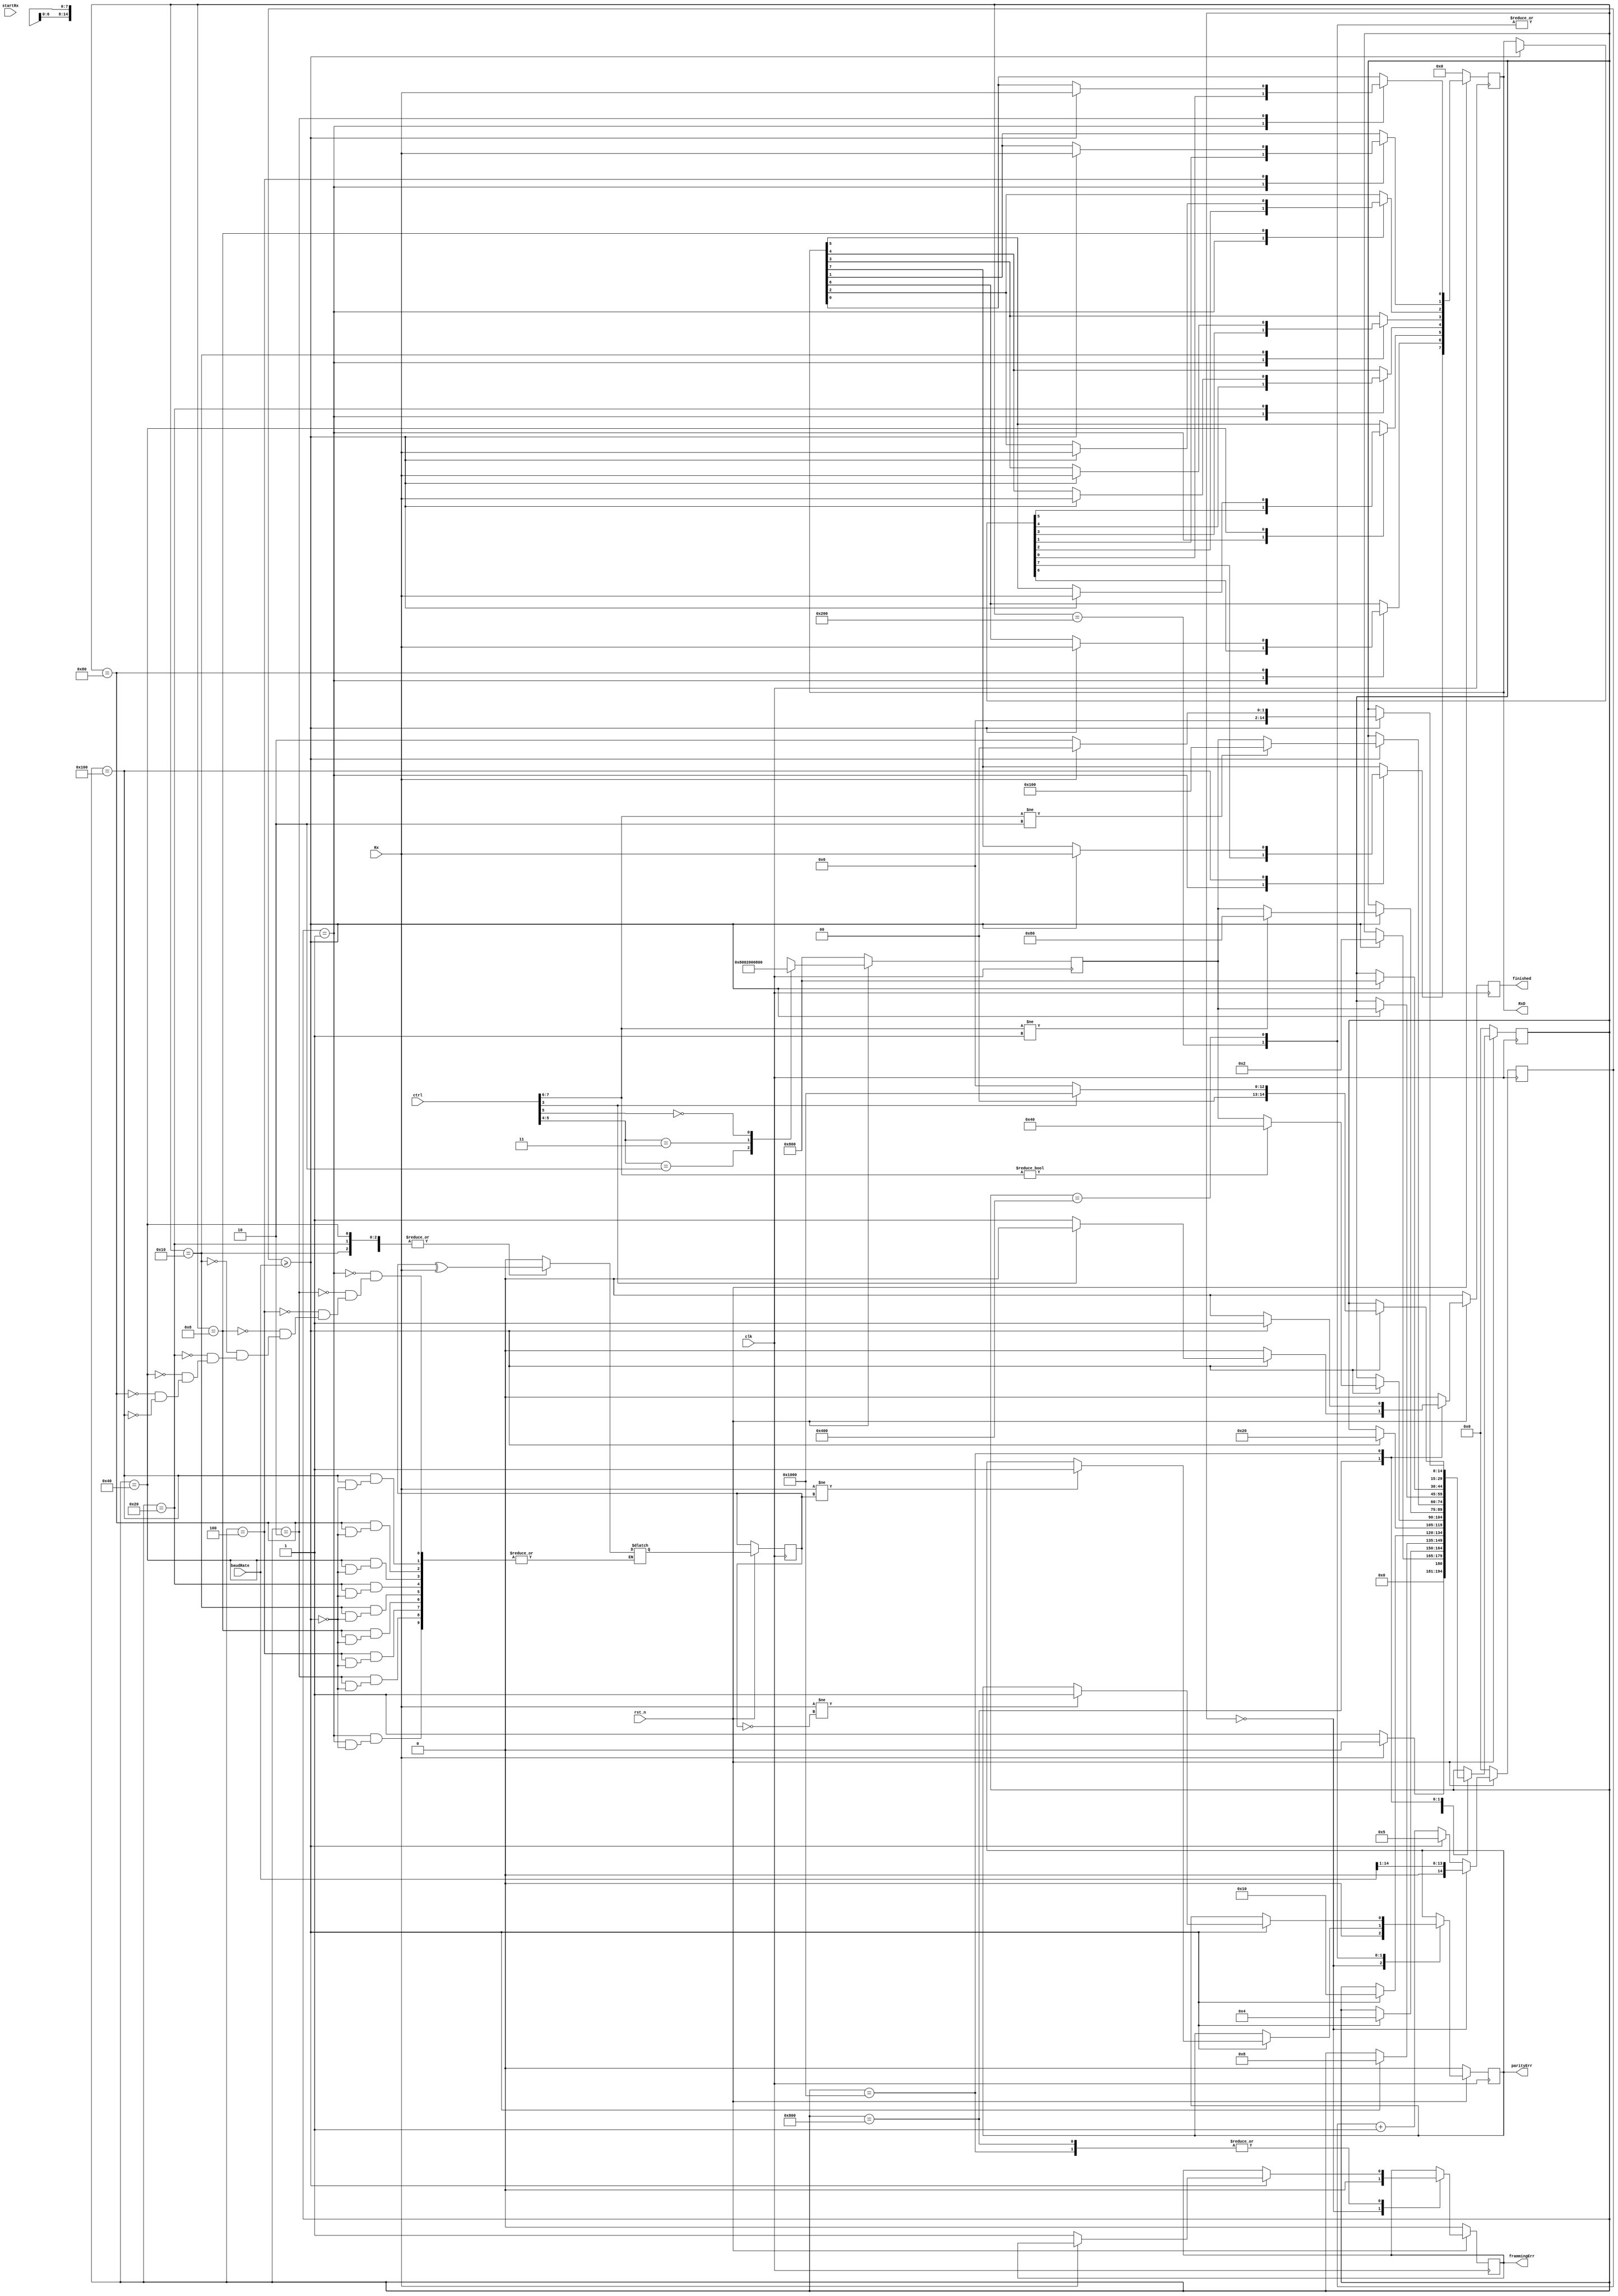
/*
########################################################################
# This file is part of WRAMPsys, a Verilog implimentaion of WRAMP.
#
# Copyright (C) 2019 The University of Waikato, Hamilton, New Zealand.
#
# This program is free software: you can redistribute it and/or modify
# it under the terms of the GNU General Public License as published by
# the Free Software Foundation, either version 3 of the License, or
# (at your option) any later version.
#
# This program is distributed in the hope that it will be useful,
# but WITHOUT ANY WARRANTY; without even the implied warranty of
# MERCHANTABILITY or FITNESS FOR A PARTICULAR PURPOSE.  See the
# GNU General Public License for more details.
#
# You should have received a copy of the GNU General Public License
# along with this program.  If not, see <https://www.gnu.org/licenses/>.
########################################################################
*/

`timescale 1ns / 1ps

module receiver(
    	input rst_n,
    	input clk,
		output reg [7:0] RxD,
		input [10:0] ctrl,
		input startRx,
		output reg finished,
    	input  Rx,
    	output reg parityErr,
    	output reg frammingErr,
    	input [14:0] baudRate
    );
    
    //statenames
    parameter idle 			=  0;  		//uses one-hot encoding 
	parameter start 		=  1;
    parameter Data0 		=  2;
    parameter Data1 		=  4;
    parameter Data2 		=  8;
    parameter Data3 		=  16;
    parameter Data4 		=  32;
    parameter Data5 		=  64;
    parameter Data6 		=  128;
    parameter Data7 		=  256;
    parameter EvenParity 	=  512;
    parameter OddParity 	=  1024;
    parameter firstStopBit 	=  2048;
    parameter secondStopBit =  4096;
    parameter errState 		=  8192;
    	
		
	reg [14:0] next_counter, counter; //19 bits counter to count the baud rate, counter = clock / baud rate
		
	reg [14:0] RXstate,next_RXstate,RXafterDataState, next_RXafterDataState; // initial & next state variable

	reg [7:0] next_RxD;
	reg next_finished, next_parityErr, next_frammingErr, EvenParityBit, next_EvenParityBit;
	
	always @ (posedge clk) begin
		if(~rst_n) begin			
			counter <= 0; // counter for baud rate is reset to 0 
			RXstate <= idle; // state is idle (state = 0)			
			RxD <= 0;
			finished <= 0;			
			frammingErr <= 0;
			parityErr <= 0;
			RXafterDataState <= firstStopBit;
		end
		else begin
			counter <= next_counter; 
			RXstate <= next_RXstate;
			RxD <= next_RxD;
			finished <= next_finished;		
			frammingErr <= next_frammingErr;
			parityErr <= next_parityErr;
			EvenParityBit <= next_EvenParityBit;
			RXafterDataState <= next_RXafterDataState;
		end

	end

	//UART receive logic
	always @(*) begin 		
		next_RXstate = RXstate;
		
		next_RxD = RxD;
		next_finished = 0;
		
		next_frammingErr = frammingErr;
		next_parityErr = parityErr;

		casez (ctrl[5:4])		//weather to have a parity bit or not		
			2'b10: begin
				next_RXafterDataState = EvenParity;
			end
			
			2'b11 : begin
				next_RXafterDataState = OddParity;
			end
			
			2'b0Z : begin //no parity				
				next_RXafterDataState = firstStopBit;
			end
		endcase		
		
		next_counter = counter + 1; //counter for baud rate generator start counting 

		if (counter >= baudRate) begin //fixed cycle of data rate
			next_counter = 5; 
			// reset couter to 5 to reduce time per byte, ensures reciever is NEVER slower than recieving byte
		end 
		
        case(RXstate) 
            idle: begin
                next_counter = baudRate >> 1; //only sit in the first data bit for half the time
				//(the counter starts halfway when the next clk comes around, the other states depend on this
				//counter excedding the baudrate but IDLE does not)
				
				next_frammingErr = 0;
				next_parityErr = 0;

                if (Rx == 0) begin
                    next_RXstate = start;
                end
                else begin
                    next_RXstate = idle;
                end
            end

            start: begin            
                if (counter >= baudRate) begin 
                    next_RXstate = Data0;
    
                    next_EvenParityBit = 0;
                    next_RxD = 8'hxx; //xx for debugging in sim purposes, same as 00 for synth but looks differnt in sim
                end                
            end

            Data0: begin
                if (counter >= baudRate) begin 
                    next_RxD[0] = Rx;
                    next_EvenParityBit = EvenParityBit ^ Rx;
                    next_RXstate = Data1;
                end
            end

            Data1: begin
                if (counter >= baudRate) begin 
                    next_RxD[1] = Rx;
                    next_EvenParityBit = EvenParityBit ^ Rx;    
                    next_RXstate = Data2;
                end
            end

            Data2: begin
                if (counter >= baudRate) begin 
                    next_RxD[2] = Rx;
                    next_EvenParityBit = EvenParityBit ^ Rx;    
                    next_RXstate = Data3;
                end
            end

            Data3: begin
                if (counter >= baudRate) begin 
                    next_RxD[3] = Rx;
                    next_EvenParityBit = EvenParityBit ^ Rx;    
                    next_RXstate = Data4;
                end
            end

            Data4: begin
                if (counter >= baudRate) begin 
                    next_RxD[4] = Rx;
                    next_EvenParityBit = EvenParityBit ^ Rx;
    
                    if (ctrl[7:6] != 2'b00) begin //if only 5bits to transmit
                        next_RXstate = Data5;
                    end	else begin
                        next_RXstate = RXafterDataState;
                    end
                end		
            end

            Data5: begin
                if (counter >= baudRate) begin 
                    next_RxD[5] = Rx;
                    next_EvenParityBit = EvenParityBit ^ Rx;
    
                    if (ctrl[7:6] != 2'b01) begin //if only 6bits to transmit
                        next_RXstate = Data6;
                    end
                    else begin
                        next_RXstate = RXafterDataState;
                    end
                end
            end

            Data6: begin
                if (counter >= baudRate) begin 
                    next_RxD[6] = Rx;
                    next_EvenParityBit = EvenParityBit ^ Rx;
    
                    if (ctrl[7:6] != 2'b10) begin //if only 7bits to transmit
                        next_RXstate = Data7;
                    end
                    else begin
                        next_RXstate = RXafterDataState;
                    end
                end
            end

            Data7: begin
                if (counter >= baudRate) begin 
                    next_RxD[7] = Rx;
                    next_EvenParityBit = EvenParityBit ^ Rx;    
                    next_RXstate = RXafterDataState;
                end
            end

            EvenParity: begin
                if (counter >= baudRate) begin 
                    if (Rx != EvenParityBit) begin
                        next_parityErr = 1;
                    end
    
                    next_RXstate = firstStopBit;
                end
            end
            
            OddParity: begin
                if (counter >= baudRate) begin 
                    if (Rx != ~EvenParityBit) begin
                        next_parityErr = 1;
                    end
    
                    next_RXstate = firstStopBit;
                end
            end

            firstStopBit: begin
                if (counter >= baudRate) begin 
                    if (Rx != 1) begin 
                        next_frammingErr = 1;
                    end 
    
                    if(ctrl[3] == 1'b1) begin
                        next_RXstate = secondStopBit;
                    end else begin
                        next_finished = 1;
                        next_RXstate = idle;
                    end
                end
            end

            secondStopBit: begin
                if (counter >= baudRate) begin 
                    if (Rx != 1) begin 
                        next_frammingErr = 1;
                    end
                    
                    next_finished = 1;
    
                    if (Rx == 0) begin
                        next_RXstate = Data0;
                    end
                    else begin
                        next_RXstate = idle;
                    end
                end
            end			
        endcase
	end 
endmodule